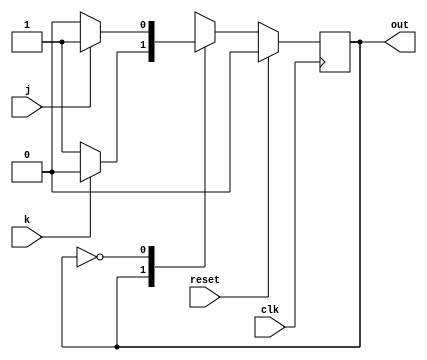
module top_module(
    input clk,
    input reset,    // Synchronous reset to OFF
    input j,
    input k,
    output out); //  

    parameter OFF=1'b0, ON=1'b1; 
    reg state, next_state;

    always @(*) begin
        case(state)
            ON:next_state<=k?OFF:ON;
            OFF:next_state<=j?ON:OFF;
        endcase
    end

    always @(posedge clk) begin
        if(reset) state<=OFF;
        else state<=next_state;
    end

    // Output logic
    assign out = (state == ON);

endmodule